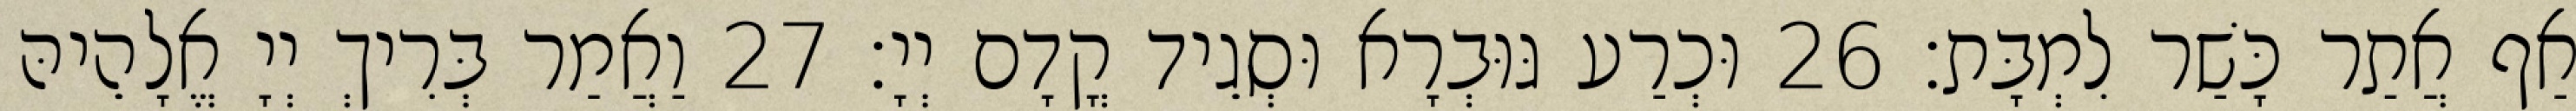
אַף אֲתַר כָּשַׁר לִמְבָּת׃ 26 וּכְרַע גּוּבְרָא וּסְגֵיד קֳדָם יְיָ׃ 27 וַאֲמַר בְּרִיךְ יְיָ אֱלָהֵיהּ